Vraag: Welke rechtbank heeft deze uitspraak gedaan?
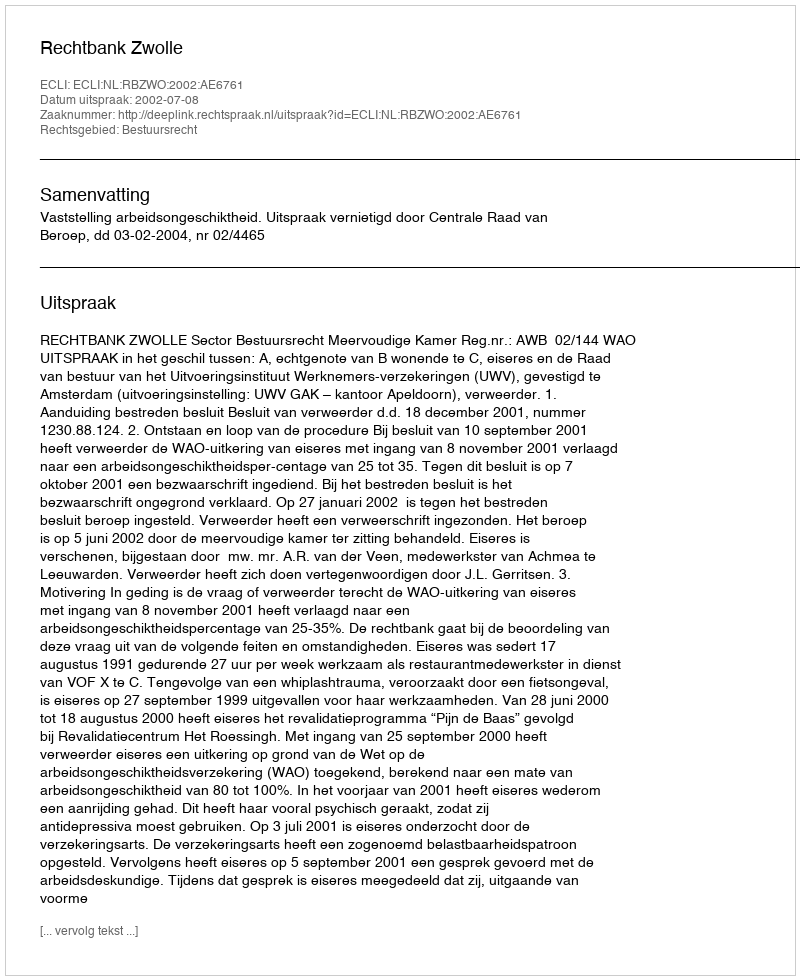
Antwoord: Rechtbank Zwolle